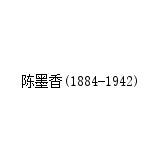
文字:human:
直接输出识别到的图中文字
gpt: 陈墨香(1884-1942)